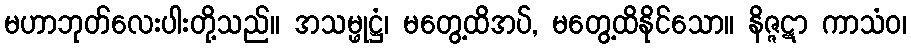
မဟာဘုတ်လေးပါးတို့သည်။ အသမ္ဖုဋ္ဌံ၊ မတွေ့ထိအပ်, မတွေ့ထိနိုင်သော။ နိဇ္ဇဋာ ကာသံဝ၊